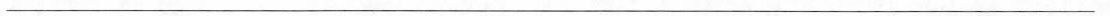
___